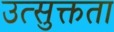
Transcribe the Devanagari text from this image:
उत्सुक्तता